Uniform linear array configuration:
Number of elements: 64
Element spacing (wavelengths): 0.75
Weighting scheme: cosine
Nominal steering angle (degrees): -30
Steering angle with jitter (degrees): -30.497
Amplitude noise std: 0.05
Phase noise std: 0.05

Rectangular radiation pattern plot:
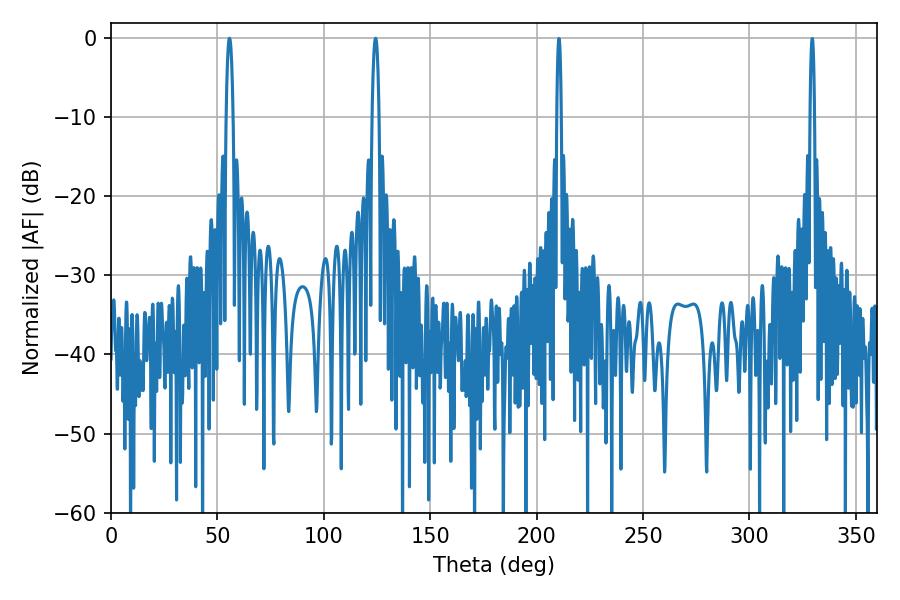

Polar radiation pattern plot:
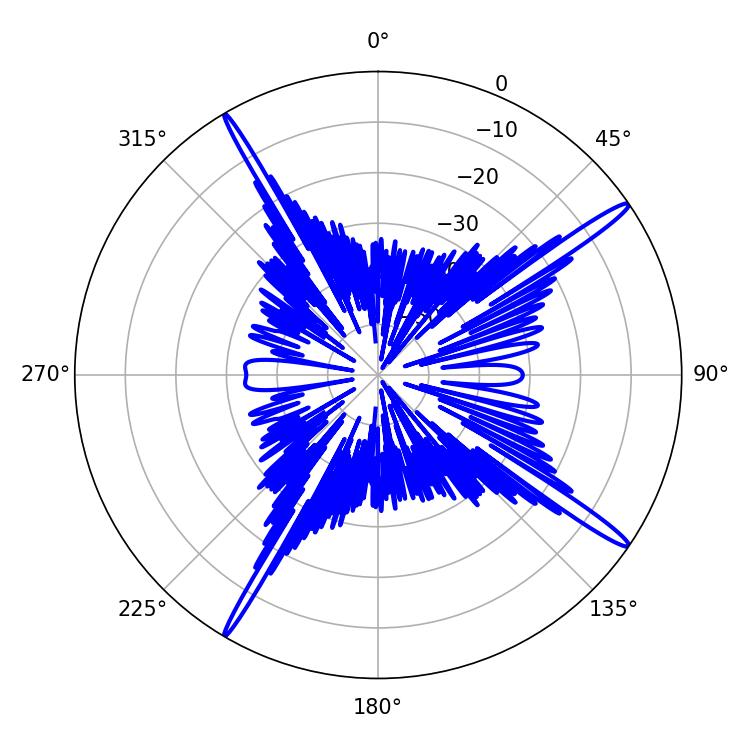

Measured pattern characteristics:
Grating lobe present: TRUE
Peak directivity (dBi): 17.352
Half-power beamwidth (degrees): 1.8
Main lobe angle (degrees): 124.38